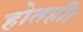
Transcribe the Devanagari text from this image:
होतही।